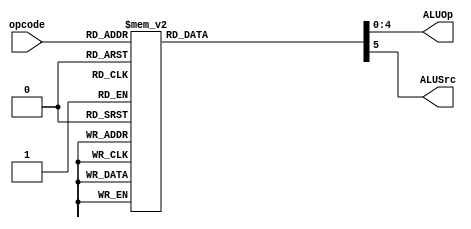
/* Author: Yunhe Liu & Wenxuan Mao
 * Team: MacroHard
 * This is control for EX stage.
 */
module EX_control(
	//outputs
	ALUOp,
	ALUSrc,
	
	//input
	opcode
);

	output reg[4:0] ALUOp;
	output reg ALUSrc;

	input [4:0] opcode;
	
	always @ *
	begin
		ALUOp = 5'b00000;	//EX
		ALUSrc = 1'b0;		//EX

		case(opcode)
			5'b00000 : //TODO - HALT_1/38
			begin
				ALUOp = 5'b00000;
				ALUSrc = 1'b0;
			end

			5'b00001 : //TODO - NOP_2/38
			begin	
				ALUOp = 5'b00000;
				ALUSrc = 1'b0;
			end
		
			5'b01000 : //ADDI_3/38
			begin	
				ALUOp = 5'b01000;
				ALUSrc = 1'b0;
			end

			5'b01001 : //SUBI_4/38
			begin	
				ALUOp = 5'b01001;
				ALUSrc = 1'b0;
			end
			
			5'b01010 : //XOR1_5/38
			begin	
				ALUOp = 5'b01010;
				ALUSrc = 1'b0;
			end

			5'b01011 : //ANDNI_6/38
			begin	
				ALUOp = 5'b01011;
				ALUSrc = 1'b0;
			end

			5'b10100 : //ROLI_7/38
			begin	
				ALUOp = 5'b10100;
				ALUSrc = 1'b0;
			end

			5'b10101 : //SLLI_8/38
			begin	
				ALUOp = 5'b10101;
				ALUSrc = 1'b0;
			end

			5'b10110 : //RORI_9/38
			begin	
				ALUOp = 5'b10110;
				ALUSrc = 1'b0;
			end

			5'b10111 : //SRLI_10/38
			begin	
				ALUOp = 5'b10111;
				ALUSrc = 1'b0;
			end

			5'b10000 : //ST_11/38
			begin	
				ALUOp = 5'b10000;
				ALUSrc = 1'b0;
			end

			5'b10001 : //LD_12/38
			begin	
				ALUOp = 5'b10001;
				ALUSrc = 1'b0;
				
			end

			5'b10011 : //STU_13/38
			begin	
				ALUOp = 5'b10011;
				ALUSrc = 1'b0;
			end

			5'b11001 : //BTR_14/38 -TODO
			begin	
				ALUOp = 5'b11001;
				ALUSrc = 1'b0;	
			end

			5'b11011 : //ADD,SUB,XOR,ANDN_15-18/38
			begin	
				ALUOp = 5'b11011;
				ALUSrc = 1'b1;
			end

			5'b11010 : //ROL,SLL,ROR,SRL_19-22/38
			begin	
				ALUOp = 5'b11010;
				ALUSrc = 1'b1;
			end

			5'b11100 : //SEQ_23/38
			begin	
				ALUOp = 5'b11100;
				ALUSrc = 1'b1;
			end

			5'b11101 : //SLT_24/38
			begin	
				ALUOp = 5'b11101;
				ALUSrc = 1'b1;
			end

			5'b11110 : //SLE_25/38
			begin	
				ALUOp = 5'b11110;
				ALUSrc = 1'b1;
			end

			5'b11111 : //SCO_26/38
			begin	
				ALUOp = 5'b11111;
				ALUSrc = 1'b1;
			end

			5'b01100 : //BEQZ_27/38
			begin	
				ALUOp = 5'b01100;
				ALUSrc = 1'b0;
			end

			5'b01101 : //BNEZ_28/38
			begin	
				ALUOp = 5'b01101;
				ALUSrc = 1'b0;
			end

			5'b01110 : //BLTZ_29/38
			begin	
				ALUOp = 5'b01110;
				ALUSrc = 1'b0;
			end

			5'b01111 : //BGEZ_30/38
			begin	
				ALUOp = 5'b01111;
				ALUSrc = 1'b0;
			end

			5'b11000 : //LBI_31/38
			begin	
				ALUOp = 5'b11000;
				ALUSrc = 1'b0;
			end

			5'b10010 : //SLBI_32/38
			begin	
				ALUOp = 5'b10010;
				ALUSrc = 1'b0;
			end

			5'b00100 : //J_33/38
			begin	
				ALUOp = 5'b00100;
				ALUSrc = 1'b0;
			end

			5'b00101 : //JR_34/38
			begin	
				ALUOp = 5'b00101;
				ALUSrc = 1'b0;
			end

			5'b00110 : //JAL_35/38
			begin	
				ALUOp = 5'b00110;
				ALUSrc = 1'b0;
			end

			5'b00111 : //JALR_36/38
			begin	
				ALUOp = 5'b00111;
				ALUSrc = 1'b0;
			end

			5'b00010 : //TODO - siic Rs_37/38
			begin	
				ALUOp = 5'b00000;
				ALUSrc = 1'b0;
			end

			5'b00011 : //TODO - NOP/RTI_38/38
			begin	
				ALUOp = 5'b00000;
				ALUSrc = 1'b0;
			end
		
			default: //TODO
			begin	
				ALUOp = 5'b00000;
				ALUSrc = 1'b0;
			end
	
		endcase
	end
	
endmodule